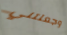
وجعلتني